Vaccination in Bombay 1869-1873 - 1869-1873
Year: 1869
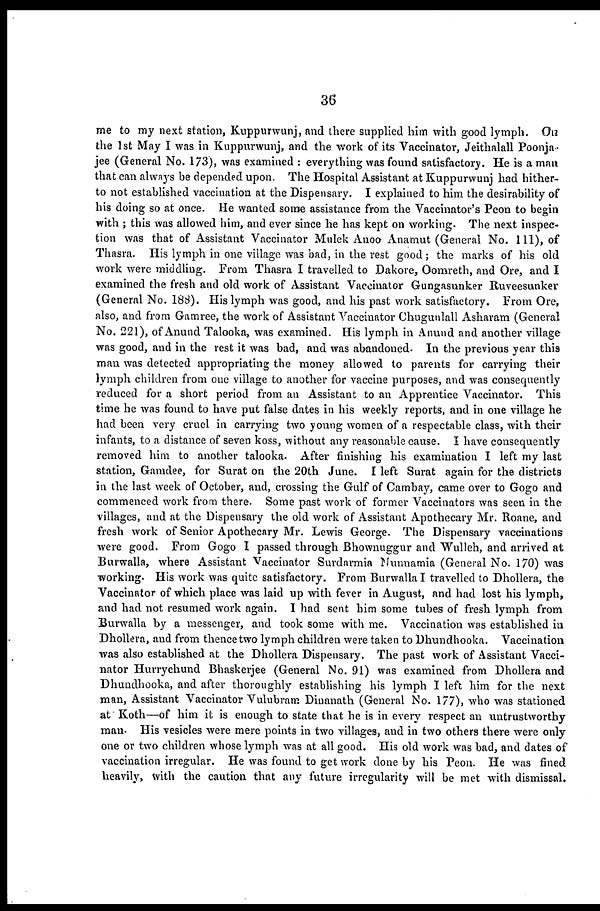
36
me to my next station, Kuppurwunj, and there supplied him with good lymph. On
the 1st May I was in Kuppurwunj, and the work of its Vaccinator, Jeithalall Poonja-
jee (General No. 173), was examined : everything was found satisfactory. He is a man
that can always be depended upon. The Hospital Assistant at Kuppurwunj had hither-
to not established vaccination at the Dispensary. I explained to him the desirability of
his doing so at once. He wanted some assistance from the Vaccinator's Peon to begin
with ; this was allowed him, and ever since he has kept on working. The next inspec-
tion was that of Assistant Vaccinator Mulek Anoo Anamut (General No. 111), of
Thasra. His lymph in one village was bad, in the rest good ; the marks of his old
work were middling. From Thasra I travelled to Dakore, Oomreth, and Ore, and I
examined the fresh and old work of Assistant Vaccinator Gungasunker Ruveesunker
(General No. 188). His lymph was good, and his past work satisfactory. From Ore,
also, and from Gamree, the work of Assistant Vaccinator Chugunlall Asharam (General
No. 221), of Anund Talooka, was examined. His lymph in Anund and another village
was good, and in the rest it was bad, and was abandoned. In the previous year this
man was detected appropriating the money allowed to parents for carrying their
lymph children from one village to another for vaccine purposes, and was consequently
reduced for a short period from an Assistant to an Apprentice Vaccinator. This
time he was found to have put false dates in his weekly reports, and in one village he
had been very cruel in carrying two young women of a respectable class, with their
infants, to a distance of seven koss, without any reasonable cause. I have consequently
removed him to another talooka. After finishing his examination I left my last
station, Gamdee, for Surat on the 20th June. I left Surat again for the districts
in the last week of October, and, crossing the Gulf of Cambay, came over to Gogo and
commenced work from there. Some past work of former Vaccinators was seen in the
villages, and at the Dispensary the old work of Assistant Apothecary Mr. Roane, and
fresh work of Senior Apothecary Mr. Lewis George. The Dispensary vaccinations
were good. From Gogo I passed through Bhownuggur and Wulleh, and arrived at
Burwalla, where Assistant Vaccinator Surdarmia Munnamia (General No. 170) was
working. His work was quite satisfactory. From Burwalla I travelled to Dhollera, the
Vaccinator of which place was laid up with fever in August, and had lost his lymph,
and had not resumed work again. I had sent him some tubes of fresh lymph from
Burwalla by a messenger, and took some with me. Vaccination was established in
Dhollera, and from thence two lymph children were taken to Dhundhooka. Vaccination
was also established at the Dhollera Dispensary. The past work of Assistant Vacci-
nator Hurrychund Bhaskerjee (General No. 91) was examined from Dhollera and
Dhundhooka, and after thoroughly establishing his lymph I left him for the next
man, Assistant Vaccinator Vulubram Dinanath (General No. 177), who was stationed
at Koth—of him it is enough to state that he is in every respect an untrustworthy
man. His vesicles were mere points in two villages, and in two others there were only
one or two children whose lymph was at all good. His old work was bad, and dates of
vaccination irregular. He was found to get work done by his Peon. He was fined
heavily, with the caution that any future irregularity will be met with dismissal.